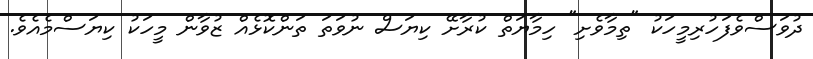
ދުވަސްވެފަހުރިމީހަކު "ތިމާވެށި" ހިމާޔަތް ކުރާށޭ ކިޔަސް ނުވަތަ ތަންކޮޅެއް ޒުވާން މީހަކު ކިޔަސްމެއެވެ.